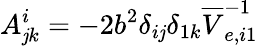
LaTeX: A_{\mathit{j}k}^{i}=-2b^{2}\delta_{i\mathit{j}}\delta_{1k}\overline{{{V}}}_{e,i1}^{-1}